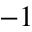
^ { - 1 }